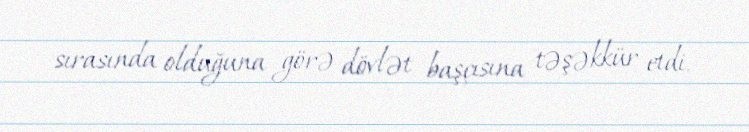
sırasında olduğuna görə dövlət başçısına təşəkkür etdi.